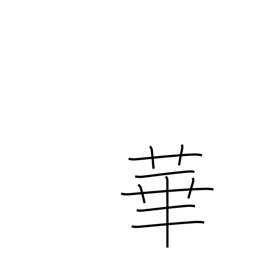
Meaning: petal